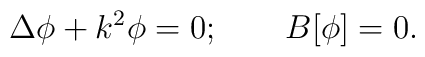
\Delta \phi + k^2 \phi = 0; \qquad B[\phi] = 0.